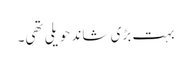
بہت بڑی شاند حویلی تھی۔